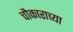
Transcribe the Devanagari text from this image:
चौकाराच्या